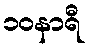
၁၀နာရီ